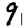
Digit: 9